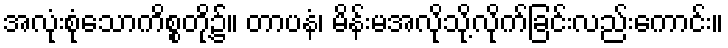
အလုံးစုံသောကိစ္စတို့၌။ တာပနံ၊ မိန်းမအလိုသို့လိုက်ခြင်းလည်းကောင်း။